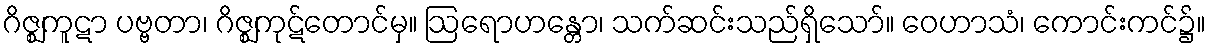
ဂိဇ္ဈကူဋာ ပဗ္ဗတာ၊ ဂိဇ္ဈကုဋ်တောင်မှ။ ဩရောဟန္တော၊ သက်ဆင်းသည်ရှိသော်။ ဝေဟာသံ၊ ကောင်းကင်၌။